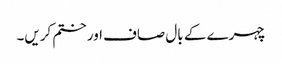
چہرے کے بال صاف اور ختم کریں۔